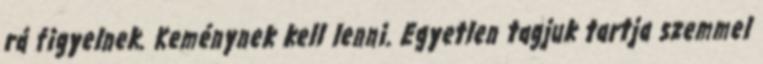
rá figyelnek. Keménynek kell lenni. Egyetlen tagjuk tartja szemmel